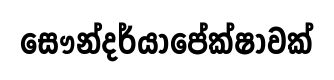
සෞන්දර්යාපේක්ෂාවක්